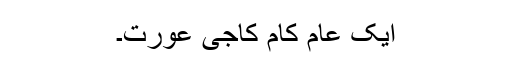
ایک عام کام کاجی عورت۔